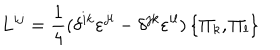
L ^ { i j } = { \frac { 1 } { 4 } } ( \delta ^ { i k } { \varepsilon } ^ { j l } - \delta ^ { j k } { \varepsilon } ^ { i l } ) \left\{ \Pi _ { k } , \Pi _ { l } \right\}